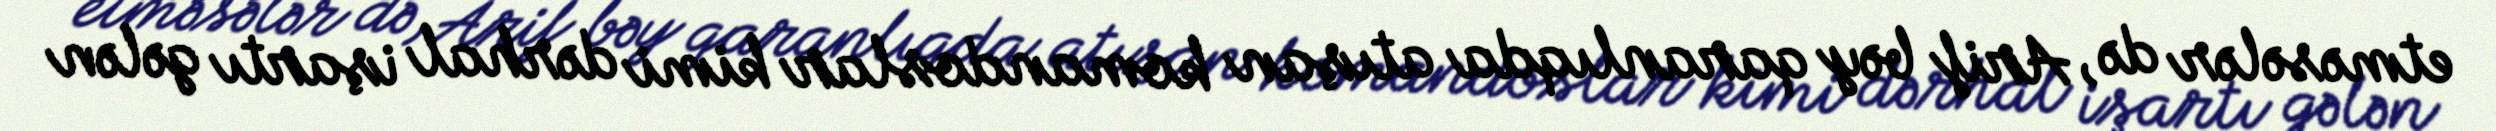
etməsələr də, Arif bəy qaranlıqda atışan komandoslar kimi dərhal işartı gələn